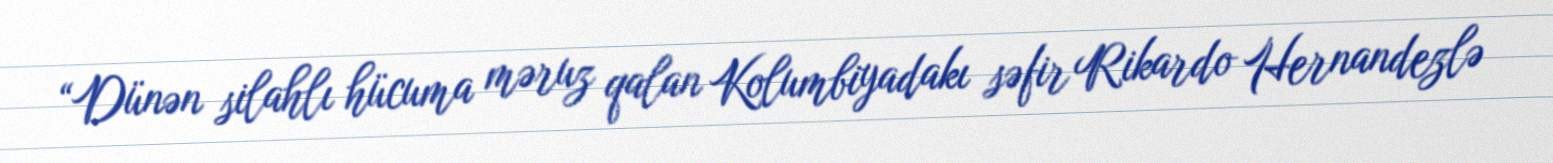
“Dünən silahlı hücuma məruz qalan Kolumbiyadakı səfir Rikardo Hernandezlə